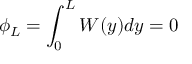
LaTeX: \phi _ { L } = \int _ { 0 } ^ { L } W ( y ) d y = 0